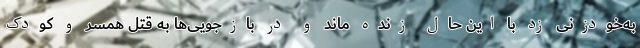
به‌خودزنی زد با این حال زنده ماند و در بازجویی‌ها به قتل همسر و کودک